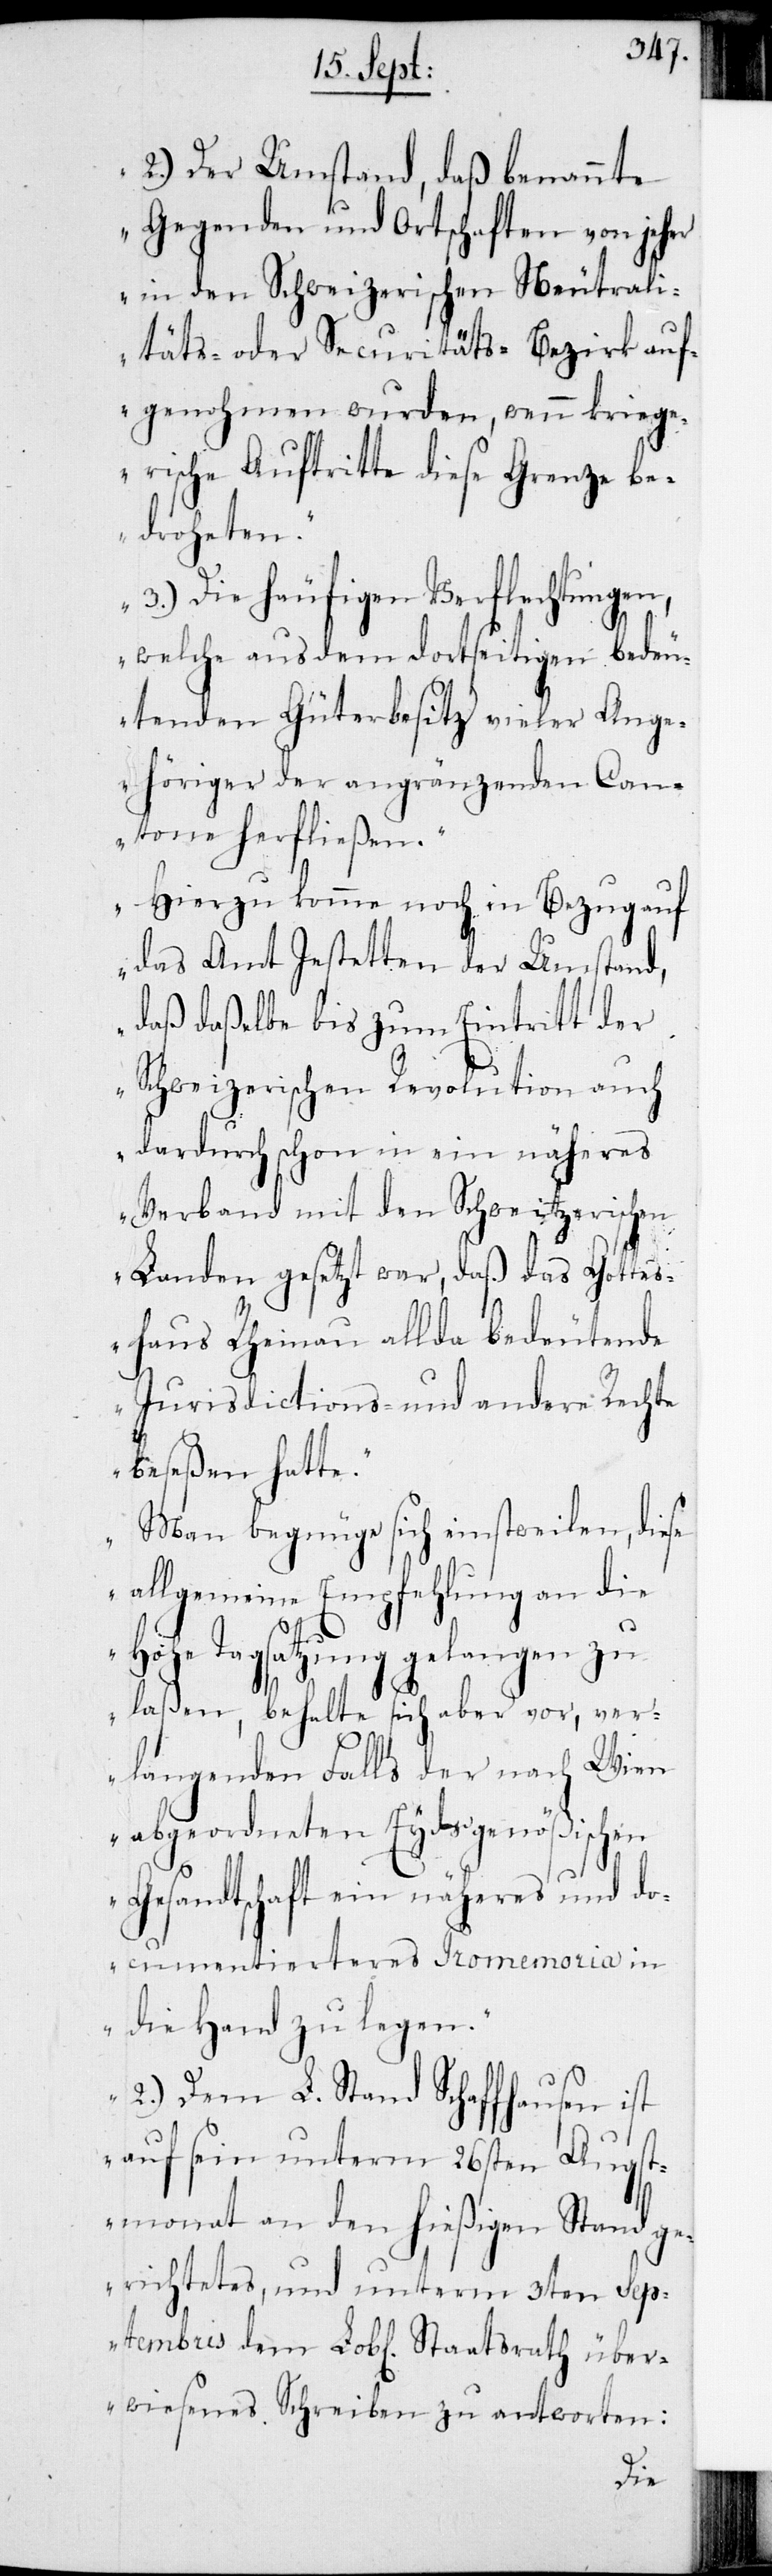
2.) Der Umstand, daß benannte
Gegenden und Ortschaften von jeher
in den Schweizerischen Neutrali¬
täts- oder Securitäts-Bezirk auf¬
genohmen wurden, wenn kriege¬
rische Auftritte diese Grenze be¬
droheten.
3.) Die häufigen Verflechtungen,
welche aus dem dortseitigen bedeu¬
tenden Güterbesitz vieler Ange¬
höriger der angränzenden Can¬
tone herfließen.
Hierzu komme noch in Bezug auf
das Amt Jestetten der Umstand,
daß daßelbe bis zum Eintritt der
Schweizerischen Revolution auch
dardurch schon in ein näheres
Verband mit den Schweitzerischen
Landen gesetzt war, daß das Gottes¬
haus Rheinau allda bedeutende
Jurisdictions- und andere Rechte
beseßen hatte.
Man begnüge sich einstweilen, diese
allgemeine Empfehlung an die
Hohe Tagsatzung gelangen zu
laßen, behalte sich aber vor, ver¬
langenden Falls der nach Wien
abgeordneten Eydsgenößischen
Gesandtschaft ein näheres und do¬
cumentierteres Promemoria in
die Hand zu legen.
übe¬
2.) Dem L. Stand Schaffhausen ist
auf sein unterm 26sten Augst¬
monat an den hießigen Stand ge¬
richtetes, und unterm 3ten Septe¬
rwiesenes Schreiben zu antworten: